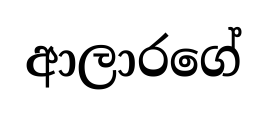
ආලාරගේ